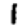
Digit: 1